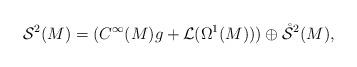
LaTeX: \begin{align*}\mathcal{S}^2(M) = (C^\infty(M) g +\mathcal{L}(\Omega^1(M))) \oplus \mathring{\mathcal{S}}^2(M),\end{align*}